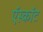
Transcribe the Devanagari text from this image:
ऍस्कॉट